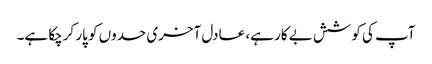
آپ کی کوشش بے کار ہے، عادل آخری حدوں کو پار کرچکا ہے۔